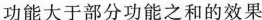
功能大于部分功能之和的效果